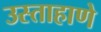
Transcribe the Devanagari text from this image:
उस्ताहाणे